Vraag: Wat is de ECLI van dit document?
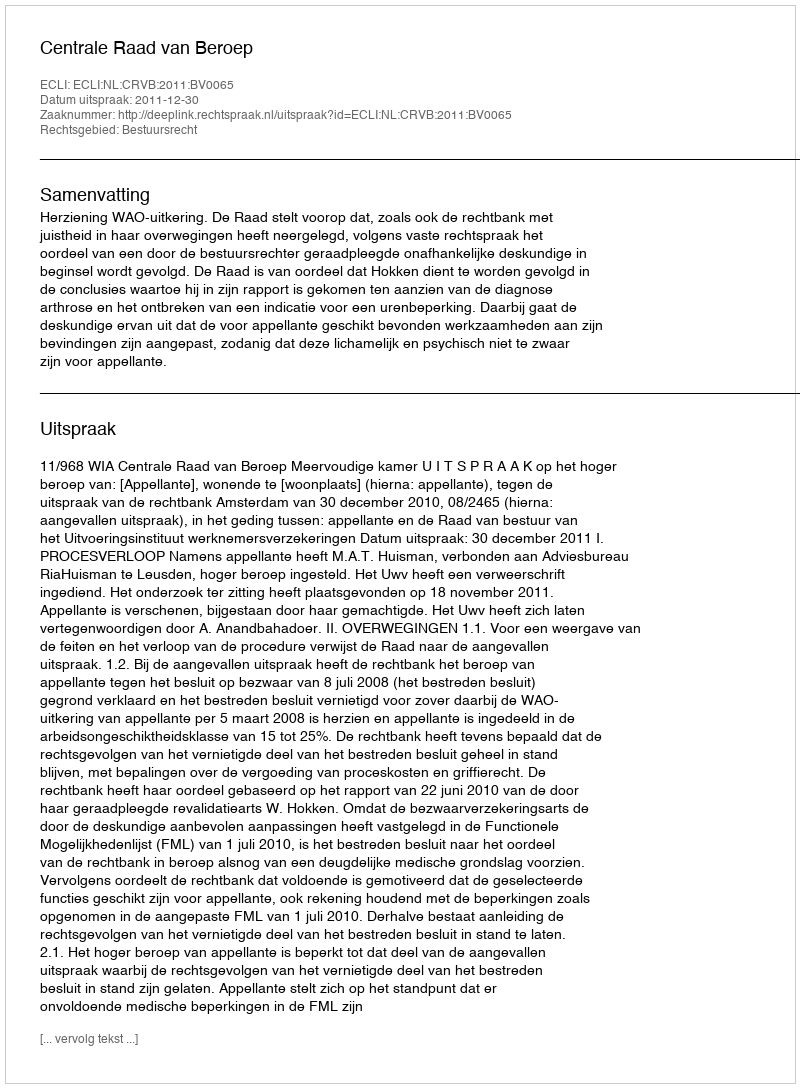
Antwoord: ECLI:NL:CRVB:2011:BV0065